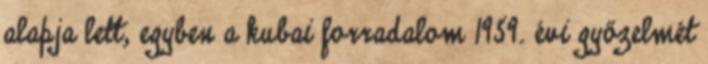
alapja lett, egyben a kubai forradalom 1959. évi győzelmét